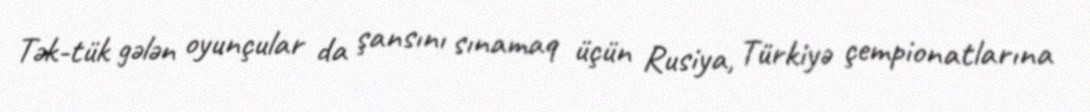
Tək-tük gələn oyunçular da şansını sınamaq üçün Rusiya, Türkiyə çempionatlarına